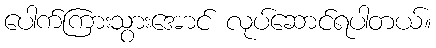
ပေါက်ကြားသွားအောင် လုပ်ဆောင်ရပါတယ်။